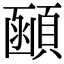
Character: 顄